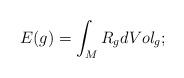
LaTeX: \begin{align*}E(g)=\int_MR_gdVol_g;\end{align*}